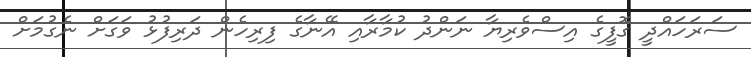
ސަރަހައްދީ ގޮފީގެ އިސްވެރިޔާ ނަންދު ކުމާރާއި އޭނާގެ ފިރިހެން ދަރިފުޅު ވަގަށް ނެގުމަށް